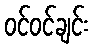
ဝင်ဝင်ချင်း